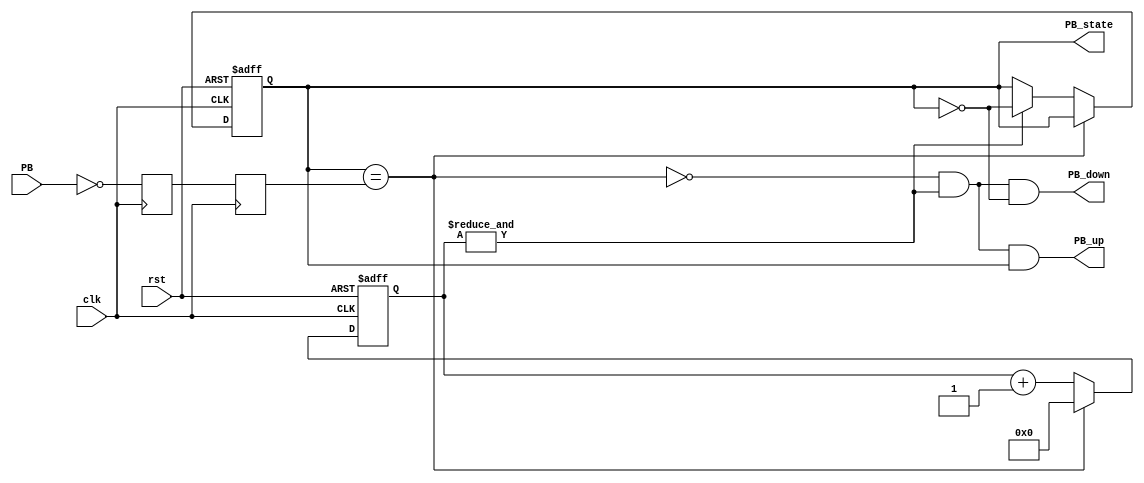
/*
  
   Multicore 2 / Multicore 2+
  
   Copyright (c) 2017-2020 - Victor Trucco

  
   All rights reserved
  
   Redistribution and use in source and synthezised forms, with or without
   modification, are permitted provided that the following conditions are met:
  
   Redistributions of source code must retain the above copyright notice,
   this list of conditions and the following disclaimer.
  
   Redistributions in synthesized form must reproduce the above copyright
   notice, this list of conditions and the following disclaimer in the
   documentation and/or other materials provided with the distribution.
  
   Neither the name of the author nor the names of other contributors may
   be used to endorse or promote products derived from this software without
   specific prior written permission.
  
   THIS CODE IS PROVIDED BY THE COPYRIGHT HOLDERS AND CONTRIBUTORS "AS IS"
   AND ANY EXPRESS OR IMPLIED WARRANTIES, INCLUDING, BUT NOT LIMITED TO,
   THE IMPLIED WARRANTIES OF MERCHANTABILITY AND FITNESS FOR A PARTICULAR
   PURPOSE ARE DISCLAIMED. IN NO EVENT SHALL THE AUTHOR OR CONTRIBUTORS BE
   LIABLE FOR ANY DIRECT, INDIRECT, INCIDENTAL, SPECIAL, EXEMPLARY, OR
   CONSEQUENTIAL DAMAGES (INCLUDING, BUT NOT LIMITED TO, PROCUREMENT OF
   SUBSTITUTE GOODS OR SERVICES; LOSS OF USE, DATA, OR PROFITS; OR BUSINESS
   INTERRUPTION) HOWEVER CAUSED AND ON ANY THEORY OF LIABILITY, WHETHER IN
   CONTRACT, STRICT LIABILITY, OR TORT (INCLUDING NEGLIGENCE OR OTHERWISE)
   ARISING IN ANY WAY OUT OF THE USE OF THIS SOFTWARE, EVEN IF ADVISED OF THE
   POSSIBILITY OF SUCH DAMAGE.
  
   You are responsible for any legal issues arising from your use of this code.
  
*/`timescale 1ns / 1ps
//////////////////////////////////////////////////////////////////////////////////
// Copied from: http://www.fpga4fun.com/Debouncer2.html
// Module Name:    PushButton_Debouncer 
//////////////////////////////////////////////////////////////////////////////////
module debouncer(
    input clk,
    input rst,
    input PB,  // "PB" is the glitchy, asynchronous to clk, active low push-button signal

    // from which we make three outputs, all synchronous to the clock
    output reg PB_state,  // 1 as long as the push-button is active (down)
    output PB_down,  // 1 for one clock cycle when the push-button goes down (i.e. just pushed)
    output PB_up   // 1 for one clock cycle when the push-button goes up (i.e. just released)
);

// First use two flip-flops to synchronize the PB signal the "clk" clock domain
reg PB_sync_0;  always @(posedge clk) PB_sync_0 <= ~PB;  // invert PB to make PB_sync_0 active high
reg PB_sync_1;  always @(posedge clk) PB_sync_1 <= PB_sync_0;

reg [15:0] PB_cnt;

// When the push-button is pushed or released, we increment the counter
// The counter has to be maxed out before we decide that the push-button state has changed

wire PB_idle = (PB_state==PB_sync_1);
wire PB_cnt_max = &PB_cnt;	// true when all bits of PB_cnt are 1's

always @(posedge clk or posedge rst) begin
if( rst ) begin
  PB_cnt   <= 16'h0;
  PB_state <= 1'b0;
end
else 
  if(PB_idle)
      PB_cnt <= 16'h0;  // nothing's going on
  else
  begin
      PB_cnt <= PB_cnt + 1'd1;  // something's going on, increment the counter
      if(PB_cnt_max) PB_state <= ~PB_state;  // if the counter is maxed out, PB changed!
  end
end
assign PB_down = ~PB_idle & PB_cnt_max & ~PB_state;
assign PB_up   = ~PB_idle & PB_cnt_max &  PB_state;
endmodule